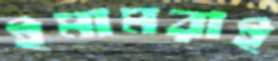
ইমামরাই